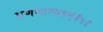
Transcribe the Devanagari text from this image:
प्रणमाम्यहम्॥५॥